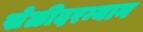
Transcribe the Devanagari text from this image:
खेळीदरम्यान